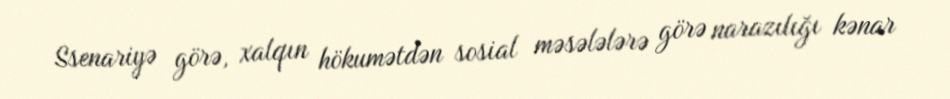
Ssenariyə görə, xalqın hökumətdən sosial məsələlərə görə narazılığı kənar